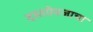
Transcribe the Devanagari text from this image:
दस्तऐवजाचा